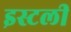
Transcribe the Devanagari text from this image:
इस्टली